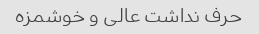
حرف نداشت عالی و خوشمزه